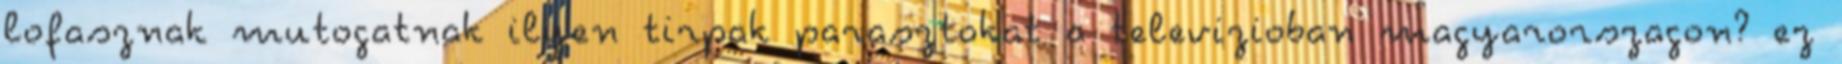
lofasznak mutogatnak ilyen tirpak parasztokat a televizioban magyarorszagon? ez